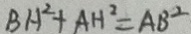
B H ^ { 2 } + A H ^ { 2 } = A B ^ { 2 }